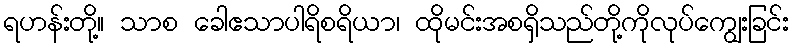
ရဟန်းတို့။ သာစ ခေါဧသာပါရိစရိယာ၊ ထိုမင်းအစရှိသည်တို့ကိုလုပ်ကျွေးခြင်း